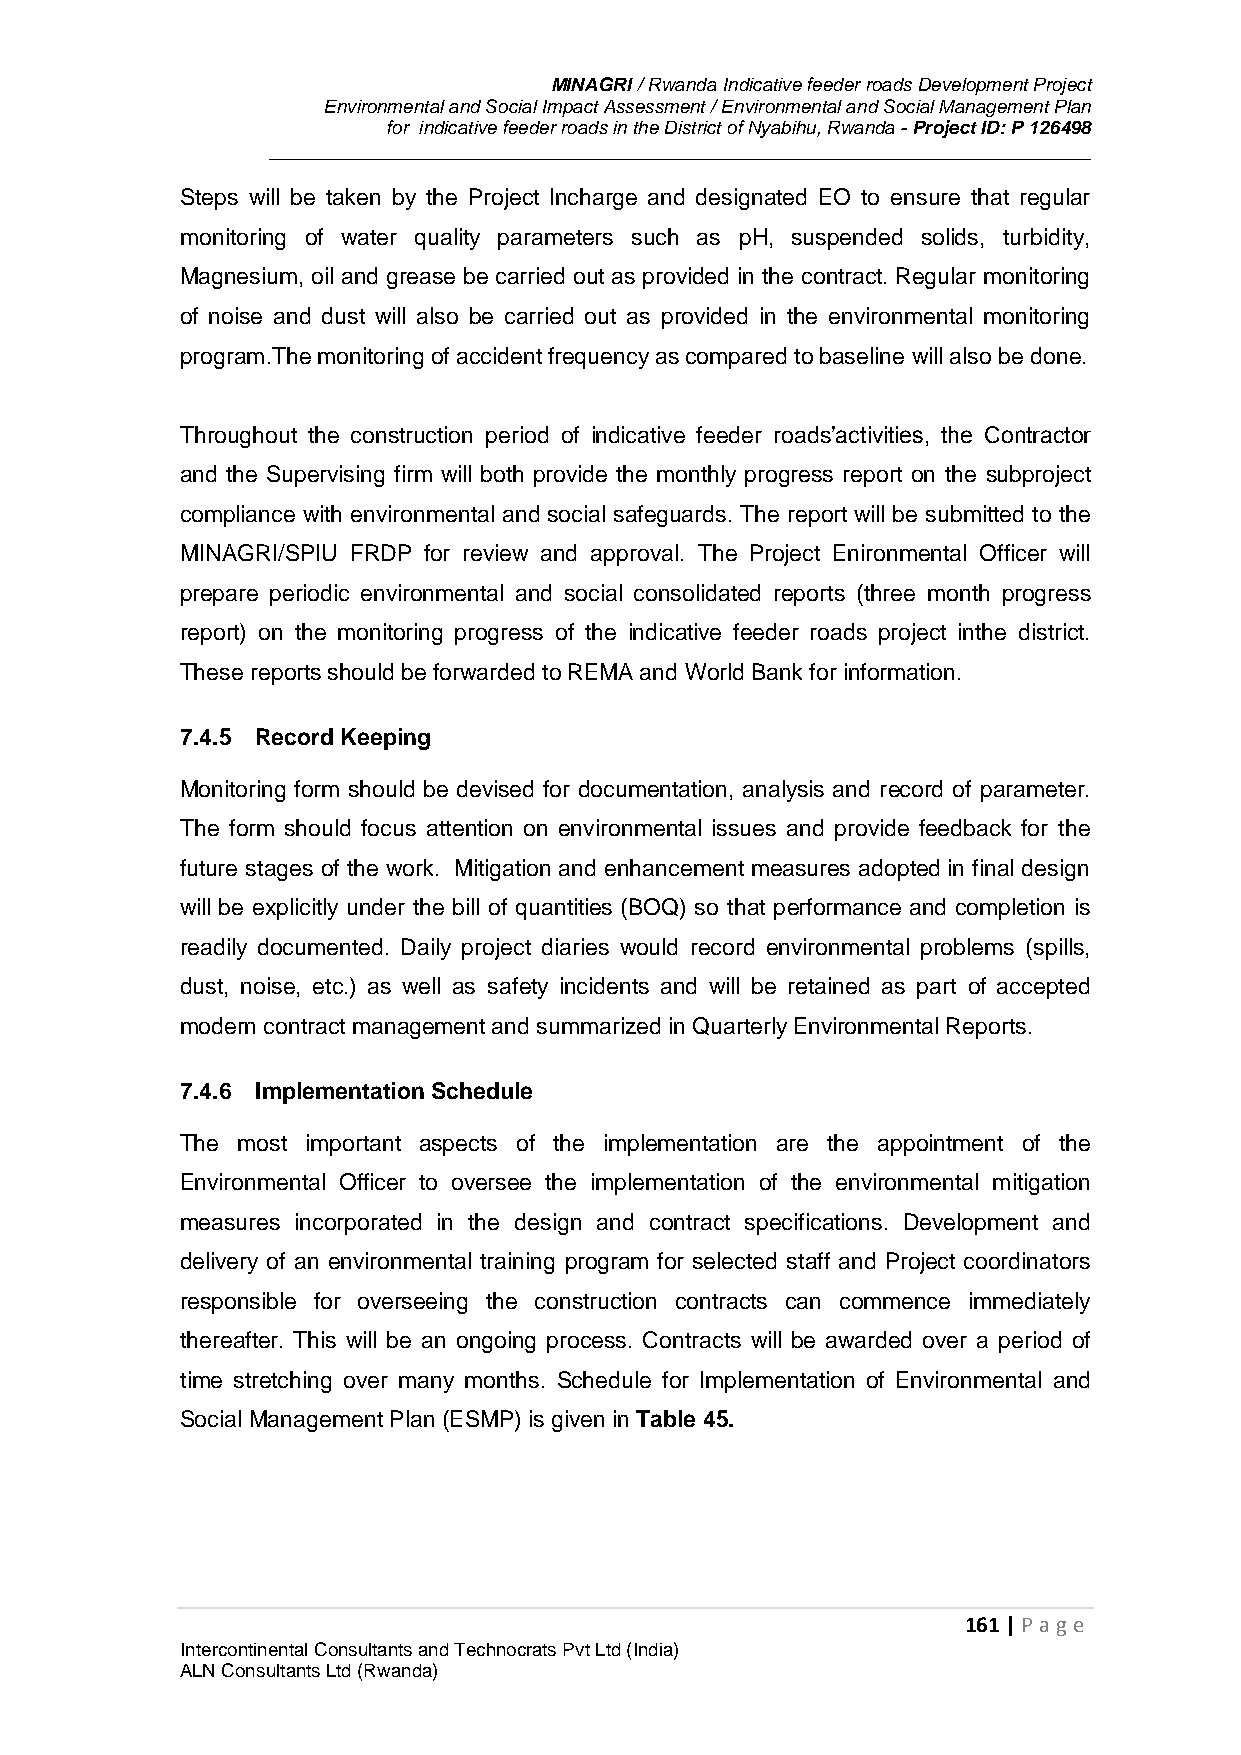
MINAGRI / Rwanda Indicative feeder roads Development Project
 Environmental and Social Impact Assessment / Environmental and Social Management Plan
 for indicative feeder roads in the District of Nyabihu, Rwanda - Project ID: P 126498
 Steps will be taken by the Project Incharge and designated EO to ensure that regular
 monitoring of water quality parameters such as pH, suspended solids, turbidity,
 Magnesium, oil and grease be carried out as provided in the contract. Regular monitoring
 of noise and dust will also be carried out as provided in the environmental monitoring
 program.The monitoring of accident frequency as compared to baseline will also be done.
 Throughout the construction period of indicative feeder roads’activities, the Contractor
 and the Supervising firm will both provide the monthly progress report on the subproject
 compliance with environmental and social safeguards. The report will be submitted to the
 MINAGRI/SPIU FRDP for review and approval. The Project Enironmental Officer will
 prepare periodic environmental and social consolidated reports (three month progress
 report) on the monitoring progress of the indicative feeder roads project inthe district.
 These reports should be forwarded to REMA and World Bank for information.
 7.4.5 Record Keeping
 Monitoring form should be devised for documentation, analysis and record of parameter.
 The form should focus attention on environmental issues and provide feedback for the
 future stages of the work. Mitigation and enhancement measures adopted in final design
 will be explicitly under the bill of quantities (BOQ) so that performance and completion is
 readily documented. Daily project diaries would record environmental problems (spills,
 dust, noise, etc.) as well as safety incidents and will be retained as part of accepted
 modern contract management and summarized in Quarterly Environmental Reports.
 7.4.6 Implementation Schedule
 The most important aspects of the implementation are the appointment of the
 Environmental Officer to oversee the implementation of the environmental mitigation
 measures incorporated in the design and contract specifications. Development and
 delivery of an environmental training program for selected staff and Project coordinators
 responsible for overseeing the construction contracts can commence immediately
 thereafter. This will be an ongoing process. Contracts will be awarded over a period of
 time stretching over many months. Schedule for Implementation of Environmental and
 Social Management Plan (ESMP) is given in Table 45.
 161 | P age
 Intercontinental Consultants and Technocrats Pvt Ltd (India)
 ALN Consultants Ltd (Rwanda)